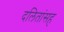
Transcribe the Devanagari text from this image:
दलितांसह